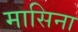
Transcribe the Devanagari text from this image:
मासिना